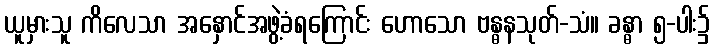
ယူမှားသူ ကိလေသာ အနှောင်အဖွဲ့ခံရကြောင်း ဟောသော ဗန္ဓနသုတ်-သံ။ ခန္ဓာ ၅-ပါး၌